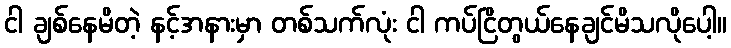
ငါ ချစ်နေမိတဲ့ နင့်အနားမှာ တစ်သက်လုံး ငါ ကပ်ငြိတွယ်နေချင်မိသလိုပေါ့။